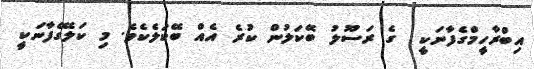
އިބްރާހީމްގެފާނަކީ  ގެ ރަސޫލު ބޭކަލުން ކުރެ އެއް ބޭކަލެކެވެ. މި ކަލޭގެފާނަކީ